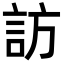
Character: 訪